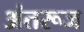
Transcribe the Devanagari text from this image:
अंतरूज